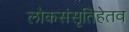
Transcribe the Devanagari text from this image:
लोकसंसृतिहेतव